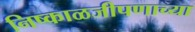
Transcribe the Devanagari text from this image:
निष्काळजीपणाच्या